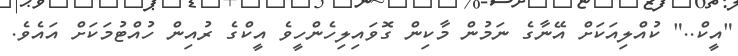
"އީކް.." ކުއްލިއަކަށް އޭނާގެ ނަމުން މާކިން ގޮވައިލިހެންހީވެ އީކްގެ ރުއިން ހުއްޓުމަކަށް އައެވެ.